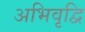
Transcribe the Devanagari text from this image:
अभिवृद्वि